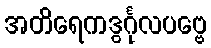
အတိရေကဒွင်္ဂုလပဗ္ဗေ